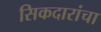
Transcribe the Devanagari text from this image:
सिकदारांचा